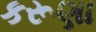
કરૂણા